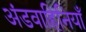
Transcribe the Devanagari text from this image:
अंडवाहिनियाँ